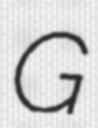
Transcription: G